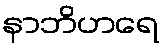
နာဘိဟရေ